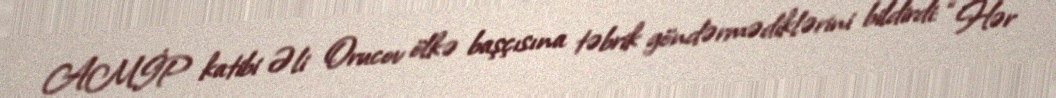
AMİP katibi Əli Orucov ölkə başçısına təbrik göndərmədiklərini bildirdi: “Hər